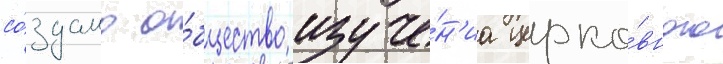
со́здано о́бщество изуче́н'иа церко́вного